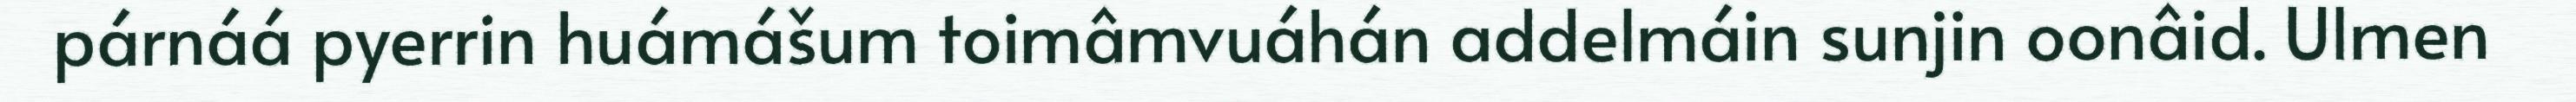
párnáá pyerrin huámášum toimâmvuáhán addelmáin sunjin oonâid. Ulmen